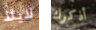
لايلا أذكرك